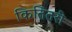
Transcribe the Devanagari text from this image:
कितितरी